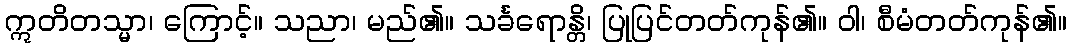
ဣတိတသ္မာ၊ ကြောင့်။ သညာ၊ မည်၏။ သင်္ခရောန္တိ၊ ပြုပြင်တတ်ကုန်၏။ ဝါ၊ စီမံတတ်ကုန်၏။